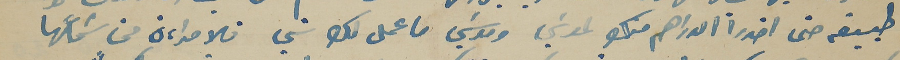
طبيقه حتى اخدوا الدراهم منك لموسَي وموسَي ما عمل لك شي فالامراءة من سَماعها